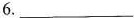
6.___